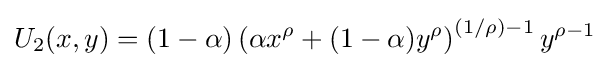
U_{2}(x,y)=(1-\alpha )\left(\alpha x^{\rho }+(1-\alpha )y^{\rho }\right)^{\left(1/\rho \right)-1}y^{\rho -1}